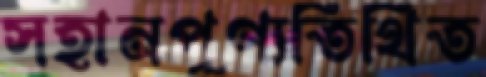
সহানপুণ্যতিথিত